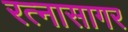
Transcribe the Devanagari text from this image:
रत्नासागर